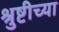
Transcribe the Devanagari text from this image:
श्रुष्टीच्या